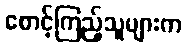
စောင့်ကြည့်သူများက